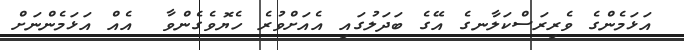
އަޅަމެންގެ ވެރިރަސްކަލާނގެ އޭގެ ބަދަލުގައި އެއަށްވުރެ ހެޔޮވެގެންވާ  އެއް އަޅަމެންނަށް